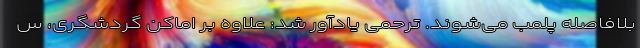
بلافاصله پلمب می‌شوند. ترحمی یادآور شد: علاوه بر اماکن گردشگری، س